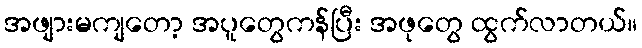
အဖျားမကျတော့ အပူတွေကန်ပြီး အဖုတွေ ထွက်လာတယ်။